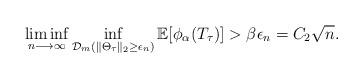
LaTeX: \begin{align*}\liminf_{n \longrightarrow \infty} \inf_{\mathcal{D}_m(\| \Theta_\tau\|_2 \geq \epsilon_n) }\mathbb{E}[\phi_\alpha (T_\tau)] > \beta \epsilon_n = C_2 \sqrt{n} .\end{align*}